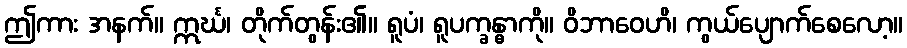
ဤကား အနက်။ ဣင်္ဃ၊ တိုက်တွန်း၏။ ရူပံ၊ ရူပက္ခန္ဓာကို။ ဝိဘာဝေဟိ၊ ကွယ်ပျောက်စေလော့။